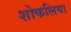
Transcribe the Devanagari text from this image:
शोकलिया